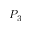
P _ { 3 }